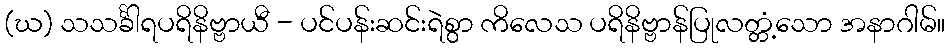
(ဃ) သသင်္ခါရပရိနိဗ္ဗာယီ - ပင်ပန်းဆင်းရဲစွာ ကိလေသ ပရိနိဗ္ဗာန်ပြုလတ္တံ့သော အနာဂါမ်။